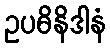
ဥပဓိနိဒါနံ